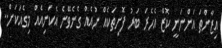
އިޒާންތަ އަންނަނީ ކޮޒް އެހެރަ ބަރު ފޮށިތަކެއް ނުއެއް ގެނެވޭނެ އެކަނިއެއް މިގެއަކަށް..